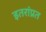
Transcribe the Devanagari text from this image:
इतरांप्रत